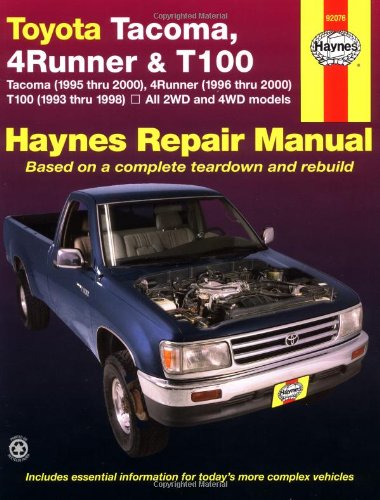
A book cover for Toyota Tacoma, 4 Runner & T100 Automotive Repair Manual. Models covered: 2WD and 4WD Toyota Tacoma (1995 thru 2000), 4 Runner (1996 thru 2000) and T100 (1993 thru 1998); John H. Haynes; Engineering & Transportation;